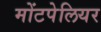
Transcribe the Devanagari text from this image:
मोंटपेलियर